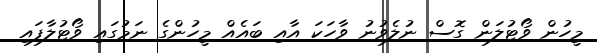
މީހުން ވޯޓުލަން ގޮސް ނުލެވުނު ވާހަކަ އާއި ބައެއް މީހުންގެ ނަމުގައި ވޯޓުލާފައި